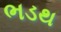
ભડથ